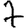
Digit: 7